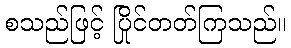
စသည်ဖြင့် ပြိုင်တတ်ကြသည်။